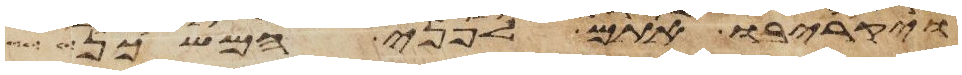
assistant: ויקריבו אתם לפני המשכן